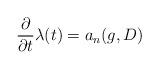
LaTeX: \begin{align*} \frac{\partial }{\partial t} \lambda(t) = a_n(g, D)\end{align*}